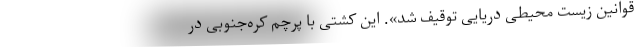
قوانین زیست محیطی دریایی توقیف شد». این کشتی با پرچم کره‌جنوبی در